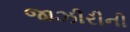
જાઝીરીની